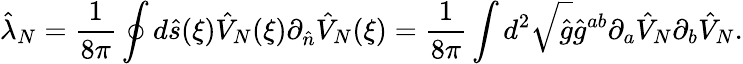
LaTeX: {\hat{\lambda}_{N}}={\frac{1}{8\pi}}\oint{d}\hat{s}(\xi){\hat{V}_{N}}(\xi){\partial_{\hat{n}}}{\hat{V}_{N}}(\xi)={\frac{1}{8\pi}}\int{d^{2}}\sqrt{\hat{g}}{\hat{g}^{ab}}{\partial_{a}}{\hat{V}_{N}}{\partial_{b}}{\hat{V}_{N}}.